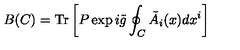
B ( C ) = \mathrm { T r } \left[ P \exp i \tilde { g } \oint _ { C } \tilde { A } _ { i } ( x ) d x ^ { i } \right]